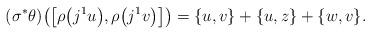
LaTeX: \begin{gather*}(\sigma^*\theta)\big(\big[\rho\big(j^1u\big), \rho\big(j^1v\big)\big]\big) = \{u,v\} + \{u,z\} + \{w,v\}.\end{gather*}